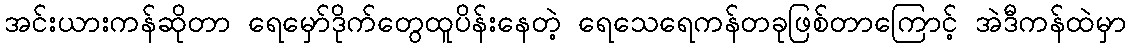
အင်းယားကန်ဆိုတာ ရေမှော်ဒိုက်တွေထူပိန်းနေတဲ့ ရေသေရေကန်တခုဖြစ်တာကြောင့် အဲဒီကန်ထဲမှာ